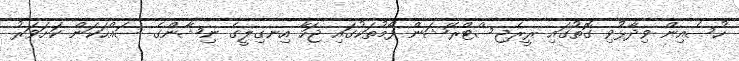
ހުސެއިން ވިދާޅުވި ގޮތުގައި ރީރެޖިސްޓްރޭޝަން ފޯމުތަކުގައި ޖަހާ އިނގިލީގެ ނިޝާންގެ ސައްހަކަން ކަށަވަރު